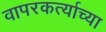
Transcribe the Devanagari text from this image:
वापरकर्त्याच्या